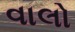
વાલો